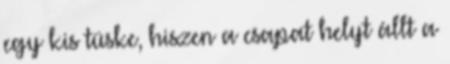
egy kis tüske, hiszen a csapat helyt állt a